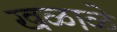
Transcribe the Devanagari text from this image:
खळाळे